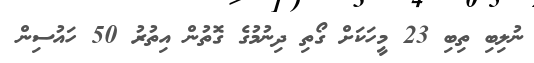
ނުލިބި ތިބި 23 މީހަކަށް ގޯތި ދިނުމުގެ ގޮތުން އިތުރު 50 ހައުސިން